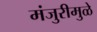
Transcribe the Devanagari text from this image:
मंजुरीमुळे